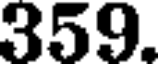
359.